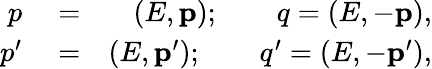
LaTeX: \begin{array}{rlr}{p}&{{}=}&{\left(E,\mathbf{p}\right);\qquad q=\left(E,-\mathbf{p}\right),}\\ {p^{\prime}}&{{}=}&{\left(E,\mathbf{p}^{\prime}\right);\qquad q^{\prime}=\left(E,-\mathbf{p}^{\prime}\right),}\end{array}